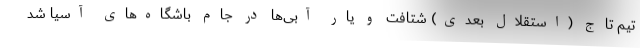
تیم تاج (استقلال بعدی) شتافت و یار آبی‌ها در جام باشگاه‌های آسیا شد